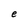
Character: e